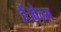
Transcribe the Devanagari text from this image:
हैं।वेल्स